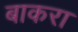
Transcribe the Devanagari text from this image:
बाकरा